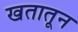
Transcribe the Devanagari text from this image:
खतातून